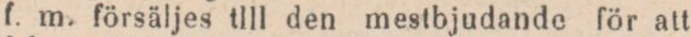
f. m. försäljes till den mestbjudande för att